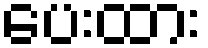
ပေးထား